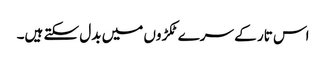
اس تار کے سرے ٹکڑوں میں بدل سکتے ہیں۔